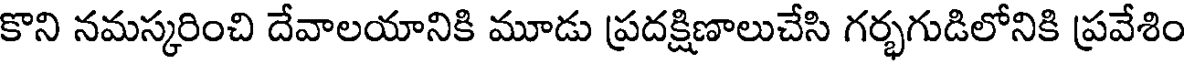
కొని నమస్కరించి దేవాలయానికి మూడు ప్రదక్షిణాలుచేసి గర్భగుడిలోనికి ప్రవేశిం